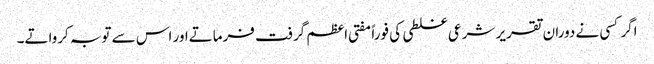
اگر کسی نے دوران تقریر شرعی غلطی کی فوراً مفتی اعظم گرفت فرماتےاور اس سے توبہ کرواتے۔